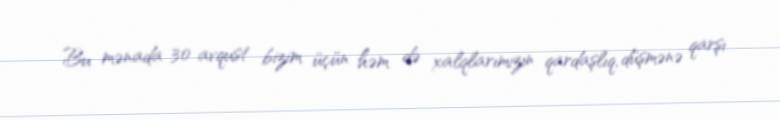
Bu mənada 30 avqust bizim üçün həm də xalqlarımızın qardaşlıq, düşmənə qarşı